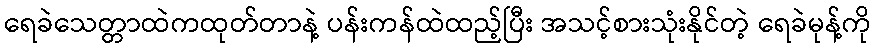
ရေခဲသေတ္တာထဲကထုတ်တာနဲ့ ပန်းကန်ထဲထည့်ပြီး အသင့်စားသုံးနိုင်တဲ့ ရေခဲမုန့်ကို